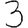
Digit: 3